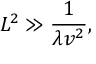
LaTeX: L ^ { 2 } \gg \frac { 1 } { \lambda v ^ { 2 } } ,